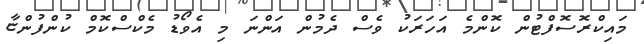
މައިކްރޮސޮފްޓުން ކޮންމެ އަހަރަކު ވެސް ދެމުން އަންނަ މި އެވޯޑު މެކްސްކޮމް ކުންފުންޏާ